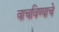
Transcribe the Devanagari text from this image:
वाचविण्याचे